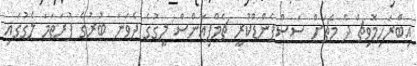
އިބްރަހިމޮވިޗް ދެ މެޗަށް ސަސްޕެންޑްކުރީ ޗެމްޕިއަންސް ލީގުގެ ދެވަނަ ބުރުގެ ފުރަތަމަ ލެގުގައި